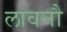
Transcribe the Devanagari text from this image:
लावनौ